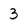
Character: 3